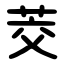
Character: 茭